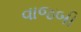
વાજબી